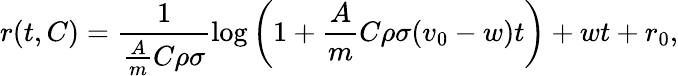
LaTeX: r(t,C)=\frac{1}{\frac{A}{m}C\rho\sigma}\log\left(1+\frac{A}{m}C\rho\sigma(v_{0}-w)t\right)+wt+r_{0},